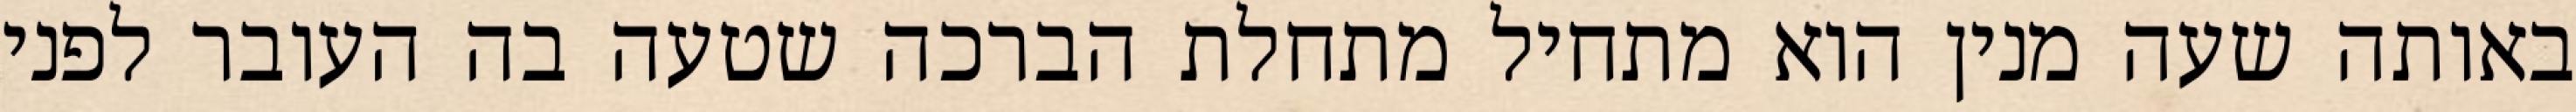
באותה שעה מנין הוא מתחיל מתחלת הברכה שטעה בה העובר לפני